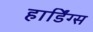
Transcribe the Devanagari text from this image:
हार्डिंग्स